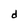
Character: d